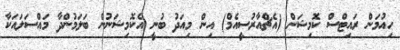
ހިއުމަން ރައިޓްސް ކޮމިޝަން (އެޗްއާރުސީއެމް) އިން މިއަދު ބުނީ އެކޮމިޝަނުން ބަލަމުންދާ މައްސަލައަކާ